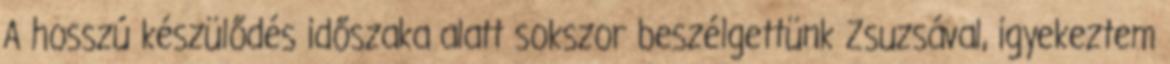
A hosszú készülődés időszaka alatt sokszor beszélgettünk Zsuzsával, igyekeztem